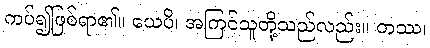
ကပ်၍ဖြစ်ရာ၏။ ယေပိ၊ အကြင်သူတို့သည်လည်း။ တဿ၊